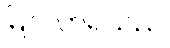
မြင်လာရသည်